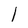
Character: 1